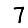
Digit: 7